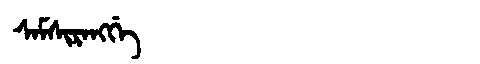
Manchu: ᠰᠠᠮᠰᡳᡵᠠᠩᡤᡝ
Romanization: SAMSIRANGGE